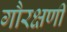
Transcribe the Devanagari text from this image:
गौरक्षणी